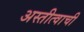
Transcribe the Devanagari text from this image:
अस्तीत्वाची